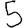
Digit: 5